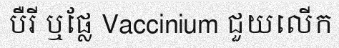
បឺរី ឬផ្លែ Vaccinium ជួយលើក